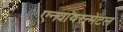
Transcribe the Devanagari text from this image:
एनवायरन्मेंटल